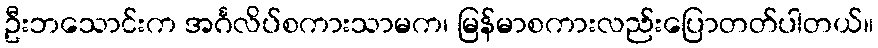
ဦးဘသောင်းက အင်္ဂလိပ်စကားသာမက၊ မြန်မာစကားလည်းပြောတတ်ပါတယ်။